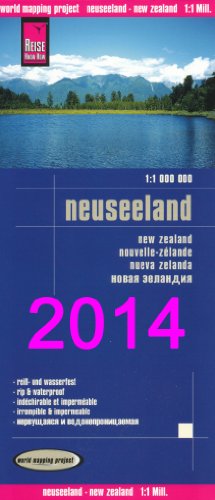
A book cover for New Zealand Map; Reise Knowhow; Travel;